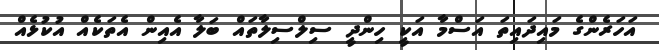
އަހަރެންގެ މައިދައިތަ އަސްމާ އަކީ ހިންދީ ސިލްސިލާތައް ބަލާ އެއިން އެތަކެއް އުކުޅެއް